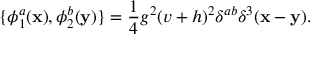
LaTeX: \{ \phi _ { 1 } ^ { a } ( { \bf x } ) , \phi _ { 2 } ^ { b } ( { \bf y } ) \} = \frac { 1 } { 4 } g ^ { 2 } ( v + h ) ^ { 2 } \delta ^ { a b } \delta ^ { 3 } ( { \bf x } - \bf { y } ) .